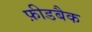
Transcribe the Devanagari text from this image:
फ़ीडबैक